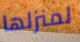
لمنزلها